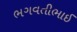
ભગવતીભાઈ